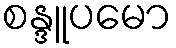
စန္ဒူပမော